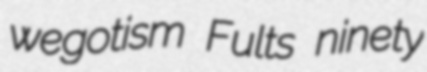
wegotism Fults ninety